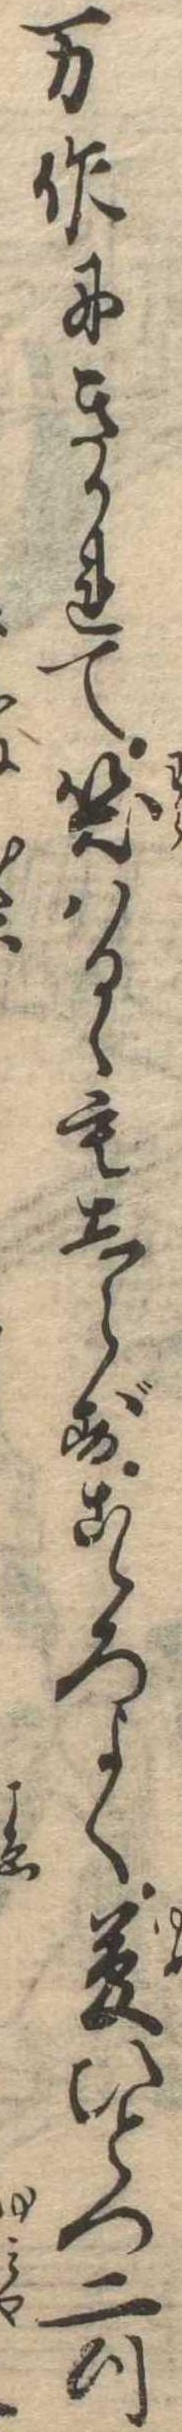
万作にきかれて笑はるゝもしらずこゝろよく夢ひとつ二つ